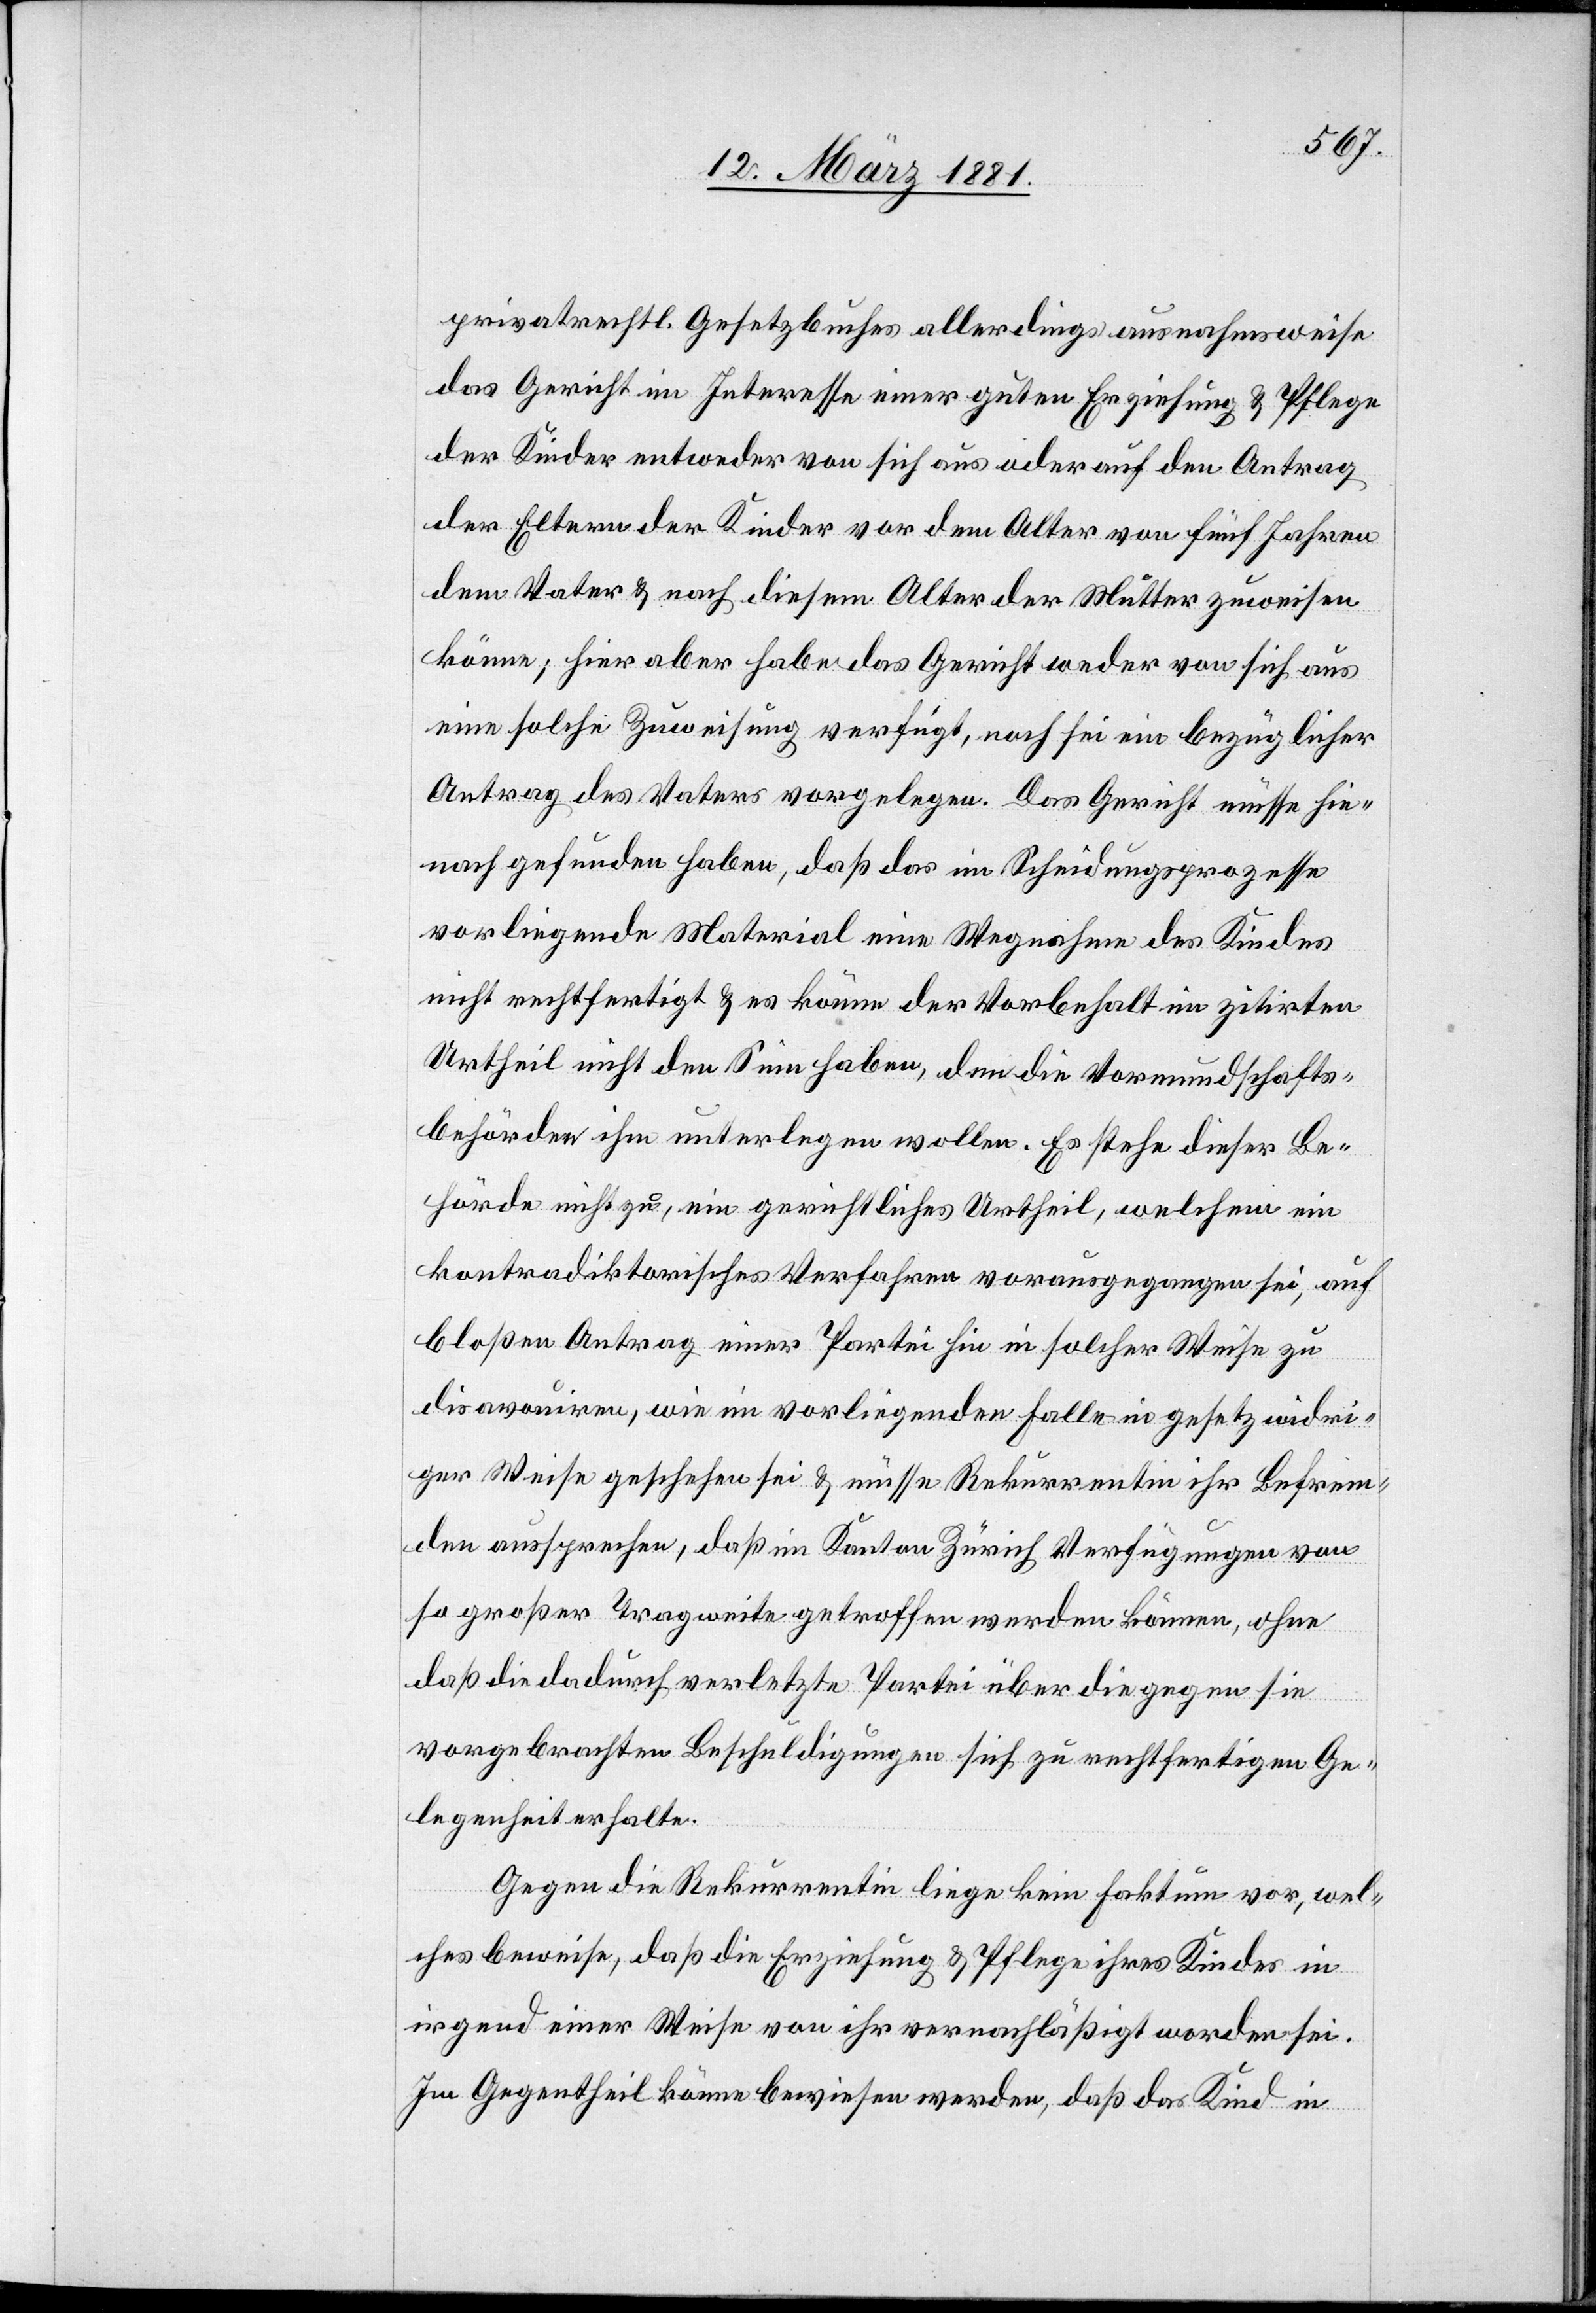
privatrechtl. Gesetzbuches allerdings ausnahmsweise
das Gericht im Interesse einer guten Erziehung & Pflege
der Kinder entweder von sich aus oder auf den Antrag
der Eltern der Kinder vor dem Alter von fünf Jahren
dem Vater & nach diesem Alter der Mutter zuweisen
könne; hier aber habe das Gericht weder von sich aus
eine solche Zuweisung verfügt, noch sei ein bezüglicher
Antrag des Vaters vorgelegen. Das Gericht müsse hie¬
nach gefunden haben, daß das im Scheidungsprozesse
vorliegende Material eine Wegnahme des Kindes
nicht rechtfertigt & es könne der Vorbehalt im zitirten
Urtheil nicht den Sinn haben, den die Vormundschafts¬
behörde ihm unterlegen wollen. Es stehe dieser Be¬
hörde nicht zu, ein gerichtliches Urtheil, welchem ein
kontradiktorisches Verfahren vorausgegangen sei, auf
bloßem Antrag einer Partei hin in solcher Weise zu
disavouiren, wie im vorliegenden Falle in gesetzwidri¬
ger Weise geschehen sei & müsse Rekurrentin ihr Befrem¬
den aussprechen, daß im Kanton Zürich Verfügungen von
so großer Tragweite getroffen werden können, ohne
daß die dadurch verletzte Partei über die gegen sie
vorgebrachten Beschuldigungen sich zu rechtfertigen Ge¬
legenheit erhalte.
Gegen die Rekurrentin liege kein Faktum vor, wel¬
ches beweise, daß die Erziehung & Pflege ihres Kindes in
irgend einer Weise von ihr vernachläßigt worden sei.
Im Gegentheil könne bewiesen werden, daß das Kind in